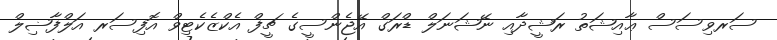
ސަރވިސަސް ޢާއިޝަތު ރަޝީދާއި ނޭޝަނަލް ޑްރަގް އޭޖެންސީގެ ޗީފް އެކްޒެކެޓިވް އޮފިސަރ އަލްފާޟިލް